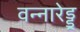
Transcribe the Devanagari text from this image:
वन्नारेड्डू